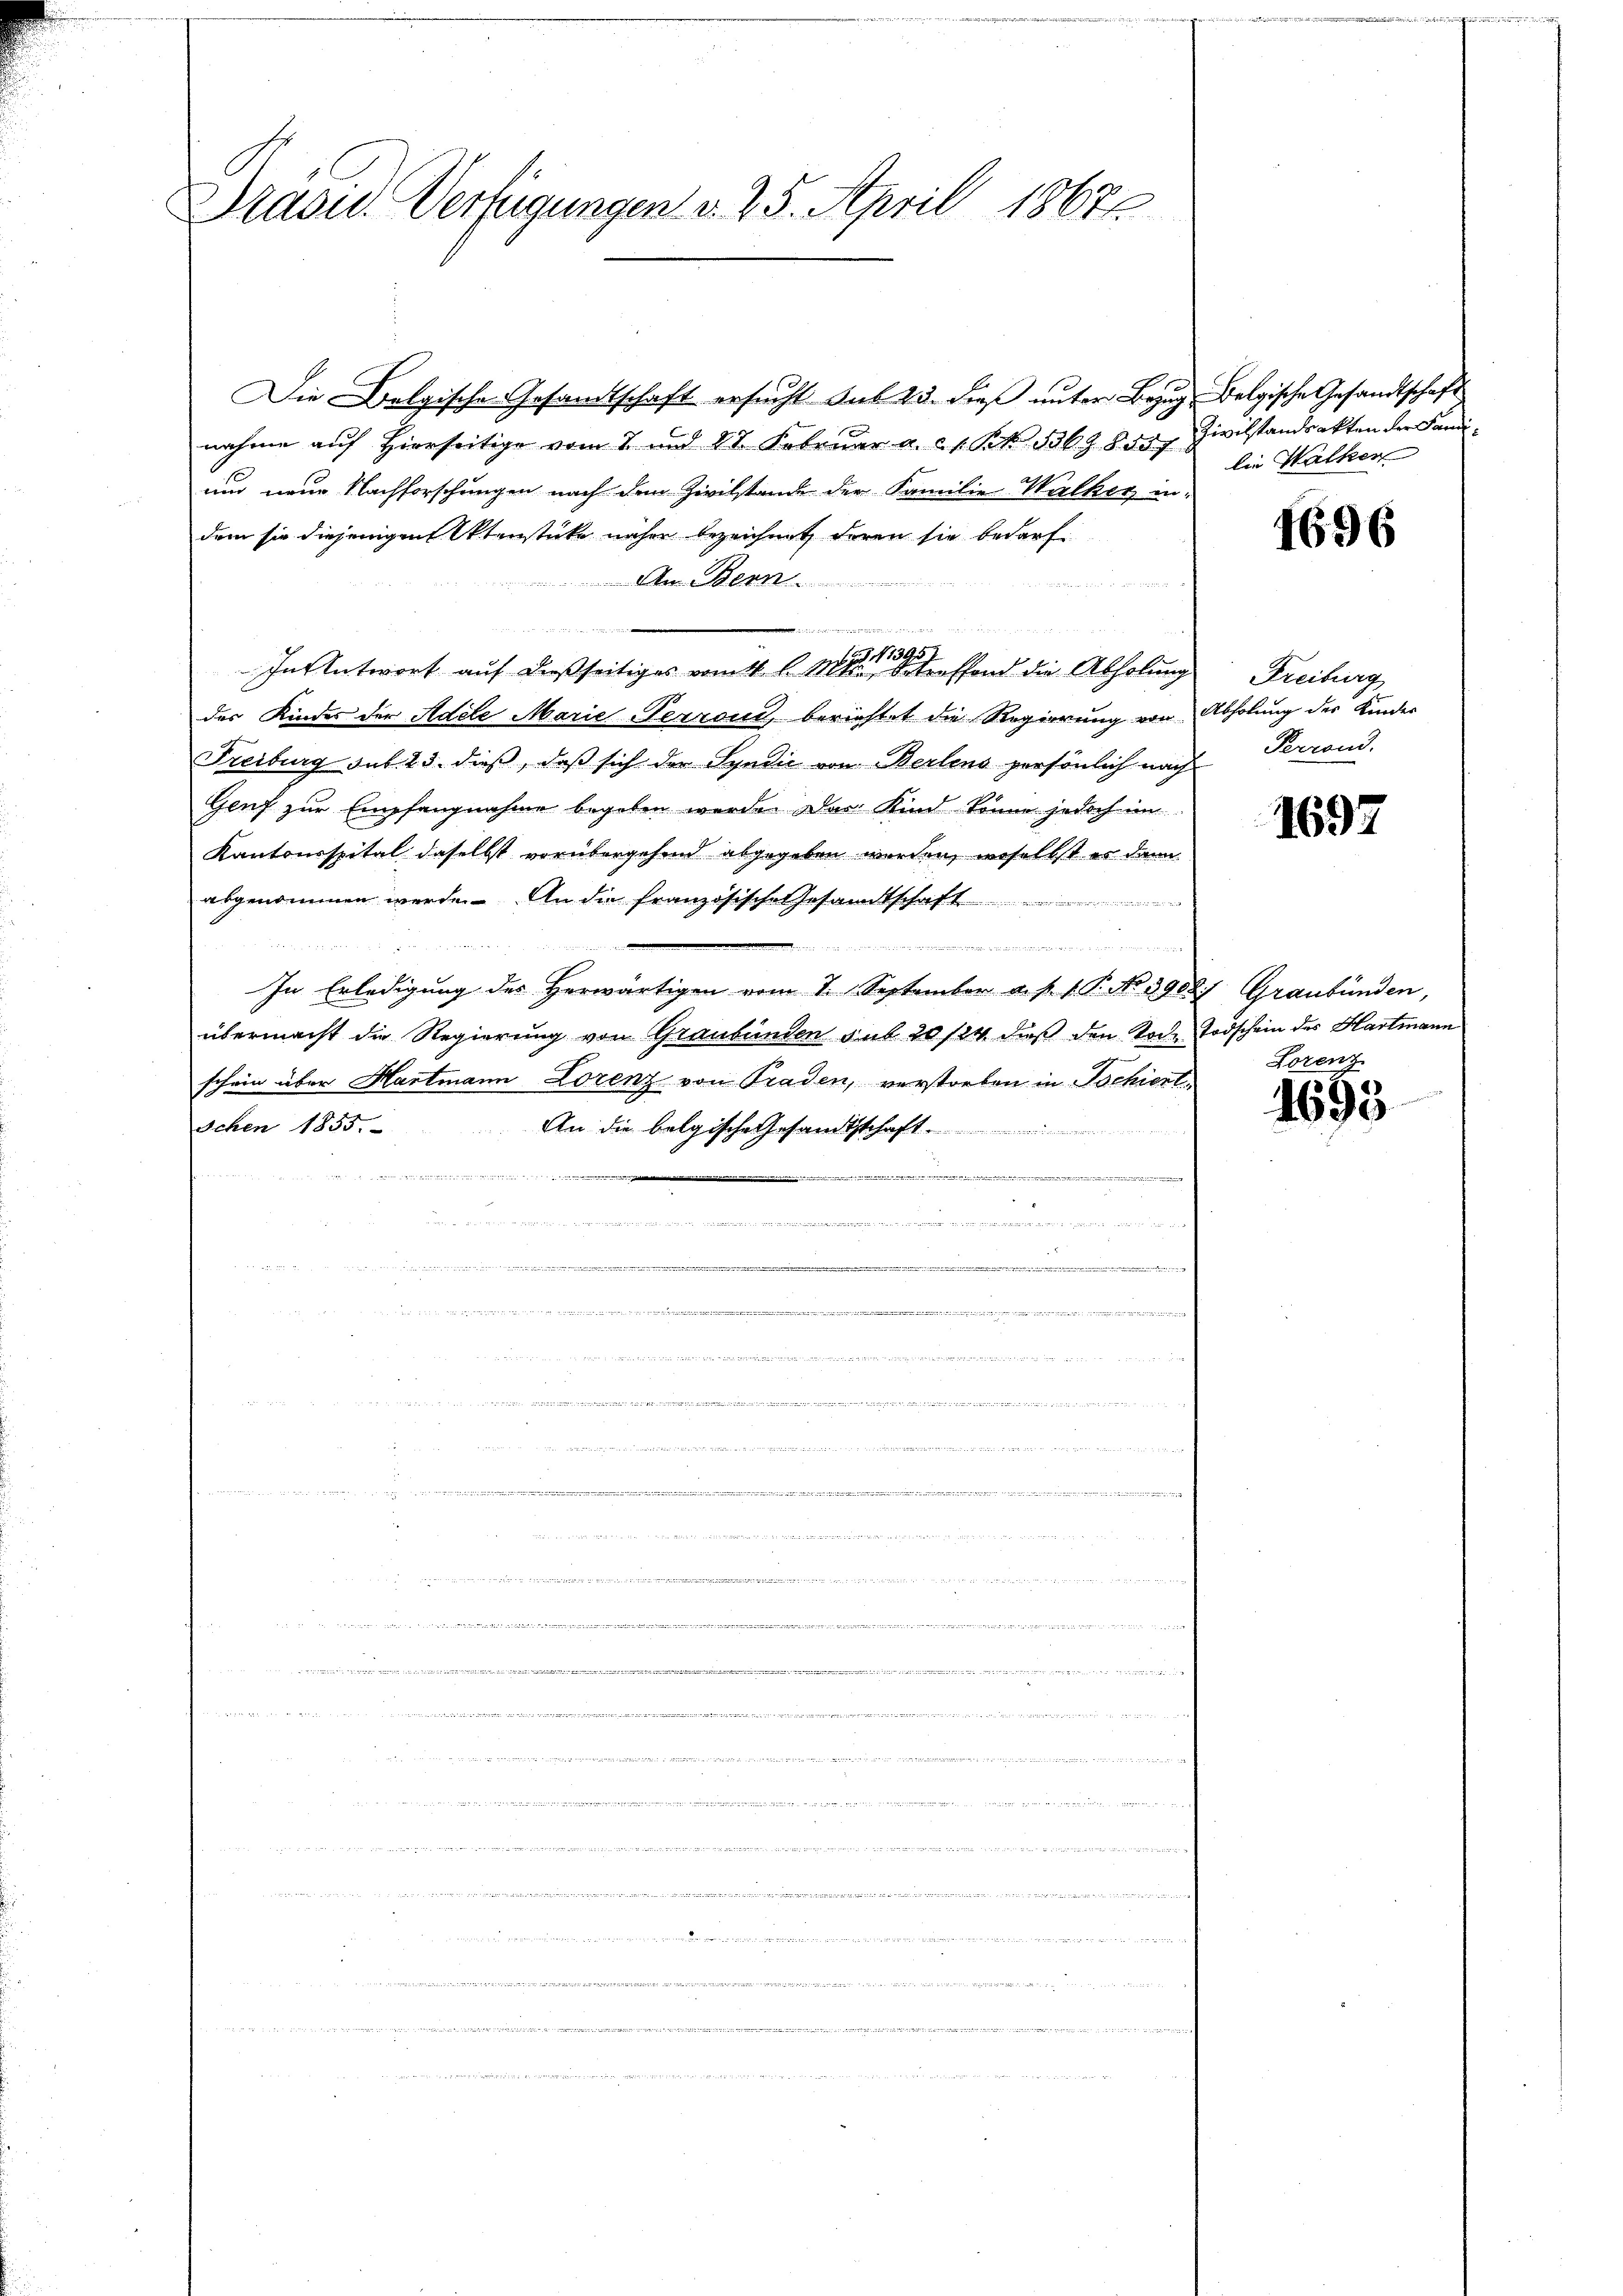
Prädie Verfügungen v. 25. April 1867

r
Die Belgische Gesandtschaft ersucht Sub 23. dieß unter Bezug Belgische Gesandtschaft
nahme aŭf hierseitige vom 2. und 87. Febrŭar a. c. S. 336. 805. Zivilstandsakten der Sani¬
und neue Nachforschungen nach den Zivilstand der Familie Walker in-
dem sie diejenigen Otenstücke näher bezeichnet, deren sie bedarf.
Am Bern
t tritt mit der
1
In Antwort auf dießseitiges vom 4. d. M. Pfand die Abholung Freiburg
des Kindes der Adele Marie Perrond, berichtet die Regierung von Abholung des Kinder
Freiburg sub. 23. dieß, daß sich der Syndić von Berlens persönlich nach Perrond
Genf zur Empfangnahme begeben werde. Das Kind könne jedoch im
Kantonsspital daselbst vorübergehend abgegeben werden, woselbst er dann
abgenommen werde. An die französische Gesandtschaft
s
    2
                     Gegen Gelegen der
In Erledigung des Herwärtigen vom 7. September a. p. 1. P. No. 3905) Graubünden,
übermacht die Regierung von Graubünden sub 20/24 dieß den Koche Todschein des Hartmann
schein über Hartmann Lorenz von Graden, verstorben in Tschient
schen 1855.
An die belgische Gesandtschaft.
   1512114
m
n
m

5
.
.
                                                                                                                    wenn er in
 war es wegen in einen der einer in Stadt und anderitteten anderen und eben in er nun aber der geht die die in werde d

 ...............

d

 ..  ..  ..  ..  ..                                                                                       "        es einen der kamen wir un
                                                                                                                                                                 wie der dieses der es denen der an des der an den werde erthur wegen veran eine genen gegen gegen ungen ist in die er den nicht in diese Sache in
 war man e w
                        Madre der aber 186. 444, 445 f 440 n 340 f 20 40 f 44 der Geld 1590 n 10. 111 1541444 f 41 n 1 f 15 t der an ders de la charten mitter in tant ist in der testern von einen Miteinen verren hatt mit des der der dort gewesen der den hat mit Paren verantieren ganzen der ein Hans l
mde ein neuere vernement und durch den hat mit der diesenten u. der erstehendet werden des anderend in der den den von den und er nebend ebenenden und eben und den den den werden sind doch nur mit meinen der die die

n
, an den und an der in nach die sich sende hinung nenne in der den
e sa morgenannte angen der von von

lie Walken

1696

1697

Lorenz

1695

oinnigen